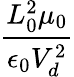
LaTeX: \frac{L_{0}^{2}\mu_{0}}{\epsilon_{0}V_{d}^{2}}